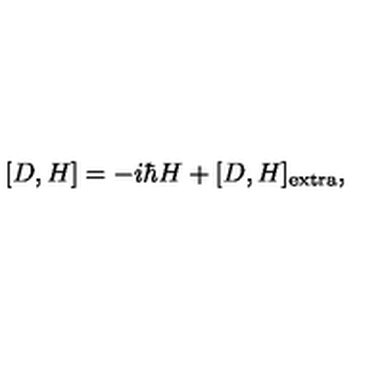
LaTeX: [ D , H ] = - i \hbar H + [ D , H ] _ { \mathrm { e x t r a } } ,